Vaccination North-Western Provinces 1866-1877 - 1866-1877
Year: 1866
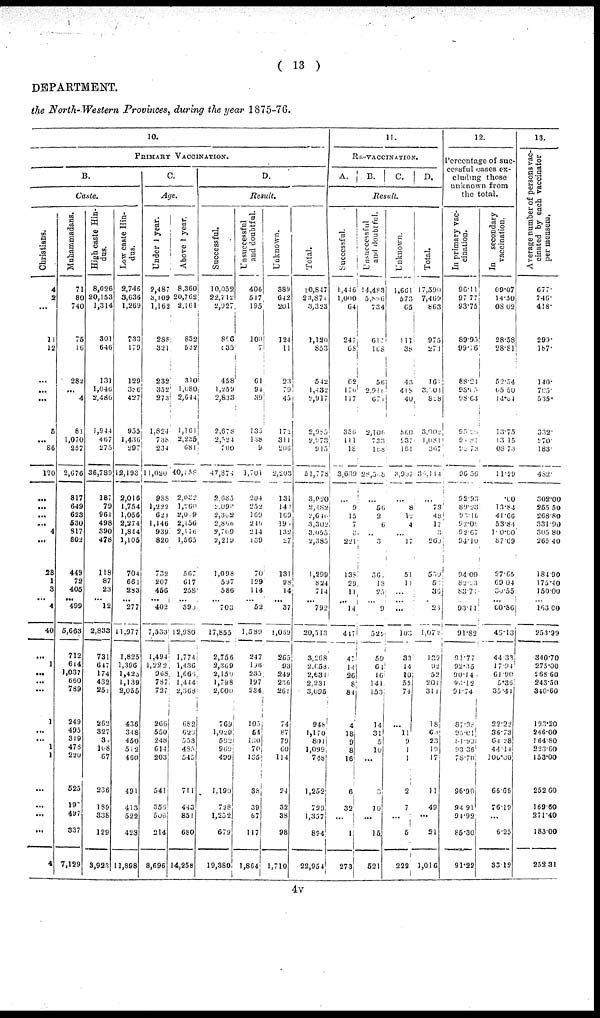
( 13 )
DEPARTMENT.
the North-Western Provinces, during the year 1875-76.
10.
PRIMARY VACCINATION.
B.
Caste.
Christians.
4
2
...
11
12
...
...
5
...
86
120
...
...
...
...
4
...
28
1
3
...
4
40
...
1
...
...
...
1
...
...
1
1
...
...
...
...
4
Muhammadans.
71
80
740
75
16
282
...
4
81
1,070
257
2,676
817
649
623
530
817
802
449
72
405
... 499
5,663
712
614
1,037
660
789
249
495
319
478
220
525
197
497
337
7,129
High caste Hin-
dus.
8,026
20,153
1,314
301
646
131
1,046
2,486
1,944
467
275
36,789
187
79
961
498
390
478
118
87
23
... 12
2,833
731
647
174
432
251
262
327
32
108
67
236
189
338
129
3,923
Low caste Hin-
dus.
2,746
3,636
1,269
733
179
129
336
427
955
1,436
297
12,193
2,016
1,754
1,056
2,274
1,844
1,105
704
664
283
...
277
11,977
1,825
1,396
1,423
1,139
2,055
436
348
450
512
460
491
413
522
423
11,898
C.
Age.
Under 1 year.
2,487
3,109
1,162
288
321
232
352
273
1,824
738
234
11,020
988
1,222
621
1,146
939
820
732
207
456
... 402
7,533
1,494
1,222
968
787
727
266
550
248
614
203
541
356
506
214
8,696
Above 1 year.
8,360
20,762
2,161
832
532
310
1,080
2,644
1,161
2,235
681
40,158
2,032
1,260
2,019
2,156
2,116
1,565
567
617
258
...
390
12,980
1,774
1,436
l,665
1,444
2,368
682
620
553
485
545
711
443
851
680
14,258
D.
Result.
Successful.
10,052
22,712
2,927
896
835
458
1,259
2,833
2,678
2,524
700
47,874
2,685
2,090
2,302
2,866
2,709
2,219
1,098
597
586
...
703
17,855
2,756
2,369
2,159
1,798
2,600
769
1,029
592
969
499
1,190
728
1,252
679
19,380
Unsuccessful
and doubtful.
406
517
195
100
7
61
94
39
135
138
9
1,701
204
252
169
246
214
189
70
129
114
... 52
1,589
247
196
235
197
234
105
54
130
70
135
38
39
67
117
1,864
Unknown.
389
642
201
124
11
23
79
45
172
311
206
2,203
131
141
169
190
132
27
131
98
14
...
37
1,059
265
93
249
236
261
74
87
79
60
114
24
32
38
98
1,710
Total.
10,847
23,871
3,323
1,120
853
542
1,432
2,917
2,985
2,973
915
51,778
3,020
2,482
2,641
3,302
3,055
2,385
1,299
824
714
...
792
20,513
3,268
2,658
2,631
2,231
3,095
948
1,170
801
1,099
748
1,252
799
1,357
894
22,954
11.
RE-VACCINATION.
A.
B.
C.
D.
Result.
Successful.
1,446
1,000
64
247
68
62
170
117
336
111
18
3,639
...
9
15
7
3
221
138
29
11
... 14
447
47
14
26
8
84
4
18
9
8
16
6
32
...
1
273
Unsuccessful
and doubtful.
14,483
5,856
734
617
168
56
2,910
671
2,106
733
188
28,508
...
56
2
6
...
3
36
13
23
...
9
527
59
61
16
141
153
14
31
5
10
...
3
10
...
15.
521
Unknown.
1,661
573
65
113
38
43
418
40
560
237
161
3,907
...
8
12
4
...
17
51
11
...
...
...
103
33
14
10
55
74
11
9
1
1
2
7
...
5
222
Total.
17,590
7,469
863
975
274
161
3,501
828
3,002
1,081
367
36,114
...
73
48
17
3
269
550
52
36
... 23
1,072
139
92
52
204
311
18
60
23
19
17
11
49
...
21
1,016
12.
Percentage of suc-
cessful cases ex-
cluding those
unknown from
the total.
In primary vac-
cination.
96.11
97.77
93.75
89.95
99.16
88.24
93.05
98.64
95.25
90.81
86.73
96.56
92.93
89.23
92.10
92.00
92.67
94.10
94.00
82.23
83.76
...
93.11
91.82
91.77
92.35
90.14
90.12
91.74
87.98
90.01
81.99
93.36
78.70
96.90
94.91
94.92
85.30
91.22
In
secondary
vaccination.
09.07
14.50
08.02
28.58
28.81
52.54
05.50
14.84
13.75
13.15
08.73
11.29
.00
13.84
41.66
53.84
100.00
87.69
27.65
69.04
30.55
... 00.86
45.13
44.33
17.94
61.90
5.36
35.41
22.22
36.73
64.28
44.14
100.00
66.06
76.19
...
6.25
33.12
13.
Average number of persons vac-
cinated by each vaccinator
per mensem.
677.
746.
418.
299.
187.
140.
705.
535.
332.
270.
183.
482.
302.0
255.5
268.8
331.9
305.8
265.4
184.9
175.4
150.0
...
163.0
253.9
340.7
275.0
268.6
243.5
340.6
193.20
246.00
164.80
223.60
153.00
252.60
169.50
271.40
183.00
252.3
4v